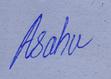
Signature authenticity: genuine